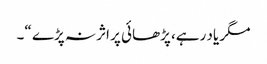
مگر یاد رہے، پڑھائی پر اثر نہ پڑے “۔